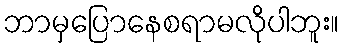
ဘာမှပြောနေစရာမလိုပါဘူး။